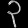
Digit: ၃